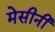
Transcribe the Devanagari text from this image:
मेसीनी